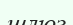
шлюз